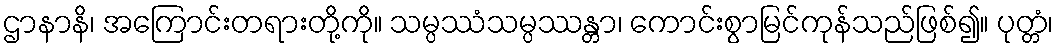
ဌာနာနိ၊ အကြောင်းတရားတို့ကို။ သမ္ပဿံသမ္ပဿန္တာ၊ ကောင်းစွာမြင်ကုန်သည်ဖြစ်၍။ ပုတ္တံ၊